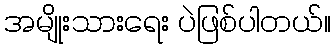
အမျိုးသားရေး ပဲဖြစ်ပါတယ်။